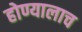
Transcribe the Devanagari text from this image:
होण्यालाच